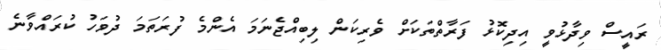
ރައީސް ވިދާޅުވީ އިދިކޮޅު ފަރާތްތަކަށް ވެރިކަން ލިބިއްޖެނަމަ އެންމެ ފުރަތަމަ ދުވަހު ކުރައްވާނެ